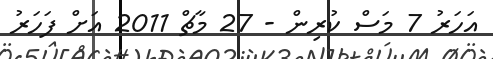
އަހަރު 7 މަސް ކުރިން - 27 މާޗް 2011 އަށް ފަހަރު